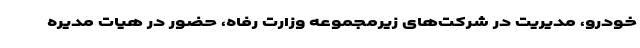
خودرو، مدیریت در شرکت‌های زیرمجموعه وزارت رفاه، حضور در هیات مدیره